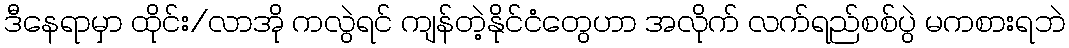
ဒီနေရာမှာ ထိုင်း/လာအို ကလွဲရင် ကျန်တဲ့နိုင်ငံတွေဟာ အလိုက် လက်ရည်စစ်ပွဲ မကစားရဘဲ